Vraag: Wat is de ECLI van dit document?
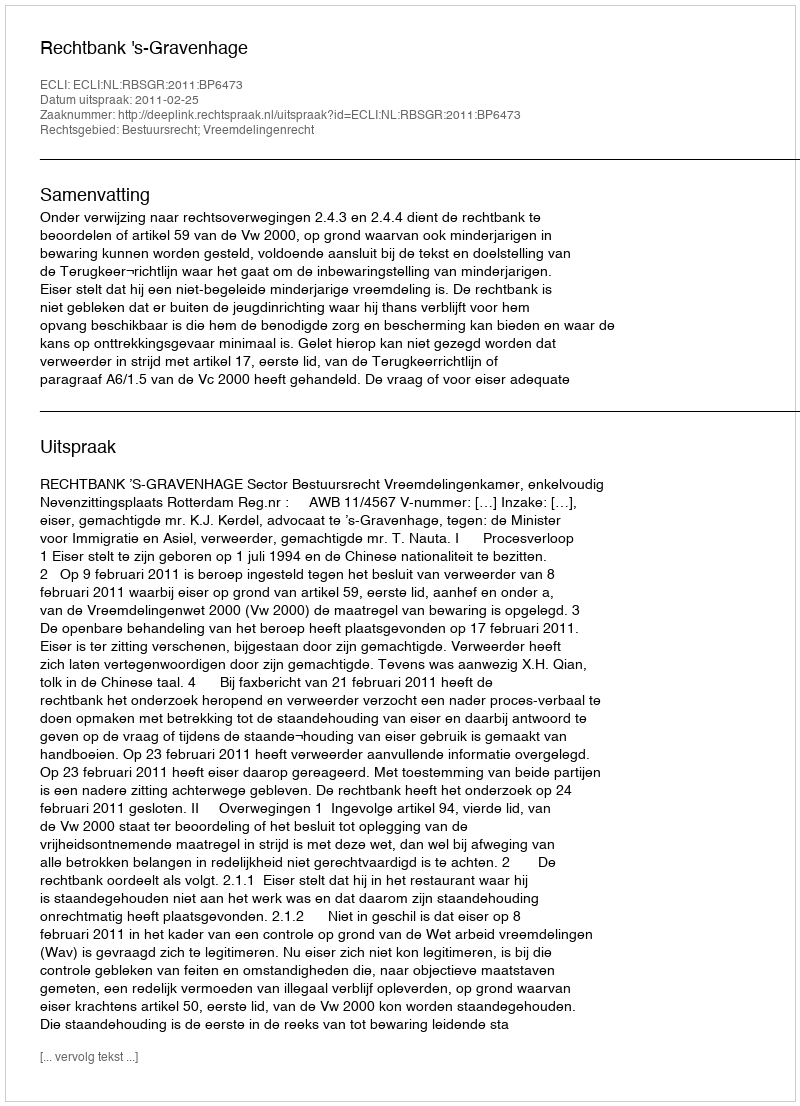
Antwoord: ECLI:NL:RBSGR:2011:BP6473